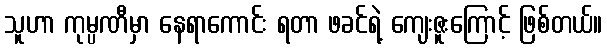
သူဟာ ကုမ္ပဏီမှာ နေရာကောင်း ရတာ ဖခင်ရဲ့ ကျေးဇူးကြောင့် ဖြစ်တယ်။